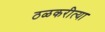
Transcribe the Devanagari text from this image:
ठळकरीत्या